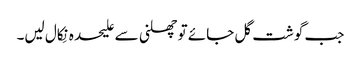
جب گوشت گل جائے تو چھلنی سے علیحدہ نِکال لیں۔